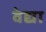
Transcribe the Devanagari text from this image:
वेद्या